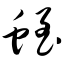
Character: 蛭